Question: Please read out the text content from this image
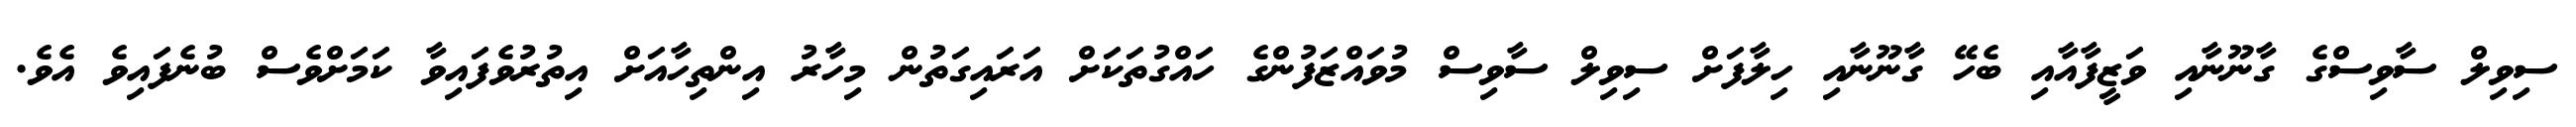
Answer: ސިވިލް ސާވިސްގެ ގާނޫނާއި ވަޒީފާއާއި ބެހޭ ގާނޫނާއި ހިލާފަށް ސިވިލް ސާވިސް މުވައްޒަފުންގެ ހައްގުތަކަށް އަރައިގަތުން މިހާރު އިންތިހާއަށް އިތުރުވެފައިވާ ކަމަށްވެސް ބުނެފައިވެ އެވެ.